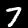
Digit: 7